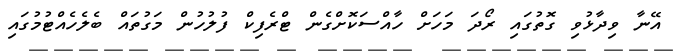
އޭނާ ވިދާޅުވި ގޮތުގައި ރޯދަ މަހަށް ހާއްސަކޮށްގެން ޓްރެފިކް ފުލުހުން މަގުތައް ބެެލެހެއްޓުމުގައި